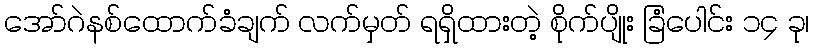
အော်ဂဲနစ်ထောက်ခံချက် လက်မှတ် ရရှိထားတဲ့ စိုက်ပျိုး ခြံပေါင်း ၁၄ ခု၊